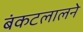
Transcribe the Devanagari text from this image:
बंकटलालने